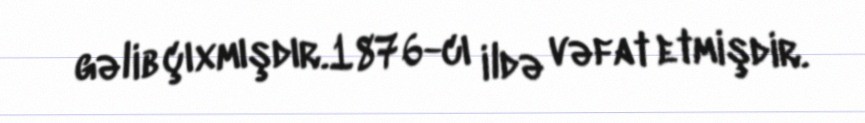
gəlib çıxmışdır.1876-cı ildə vəfat etmişdir.